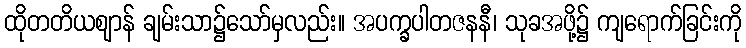
ထိုတတိယဈာန် ချမ်းသာ၌သော်မှလည်း။ အပက္ခပါတဇနနီ၊ သုခအဖို့၌ ကျရောက်ခြင်းကို